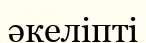
әкеліпті